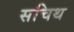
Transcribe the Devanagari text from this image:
सचिथ